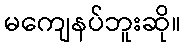
မကျေနပ်ဘူးဆို။